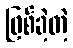
ဖြစ်ခဲ့တဲ့